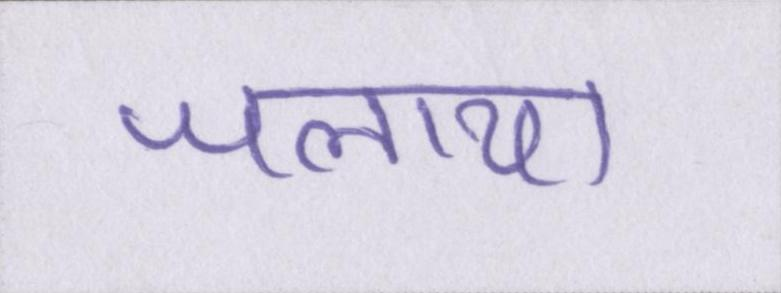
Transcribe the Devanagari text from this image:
जलाया